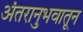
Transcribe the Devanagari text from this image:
अंतरानुभवातून